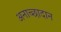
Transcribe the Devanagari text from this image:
अनाच्छादान